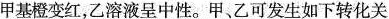
甲基橙变红，乙溶液呈中性。甲、乙可发生如下转化关